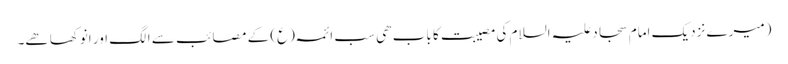
(میرے نزدیک امام سجاد علیہ السلام کی مصیبت کا باب ھی سب ائمہ (ع) کے مصائب سے الگ اور انوکھا ھے۔